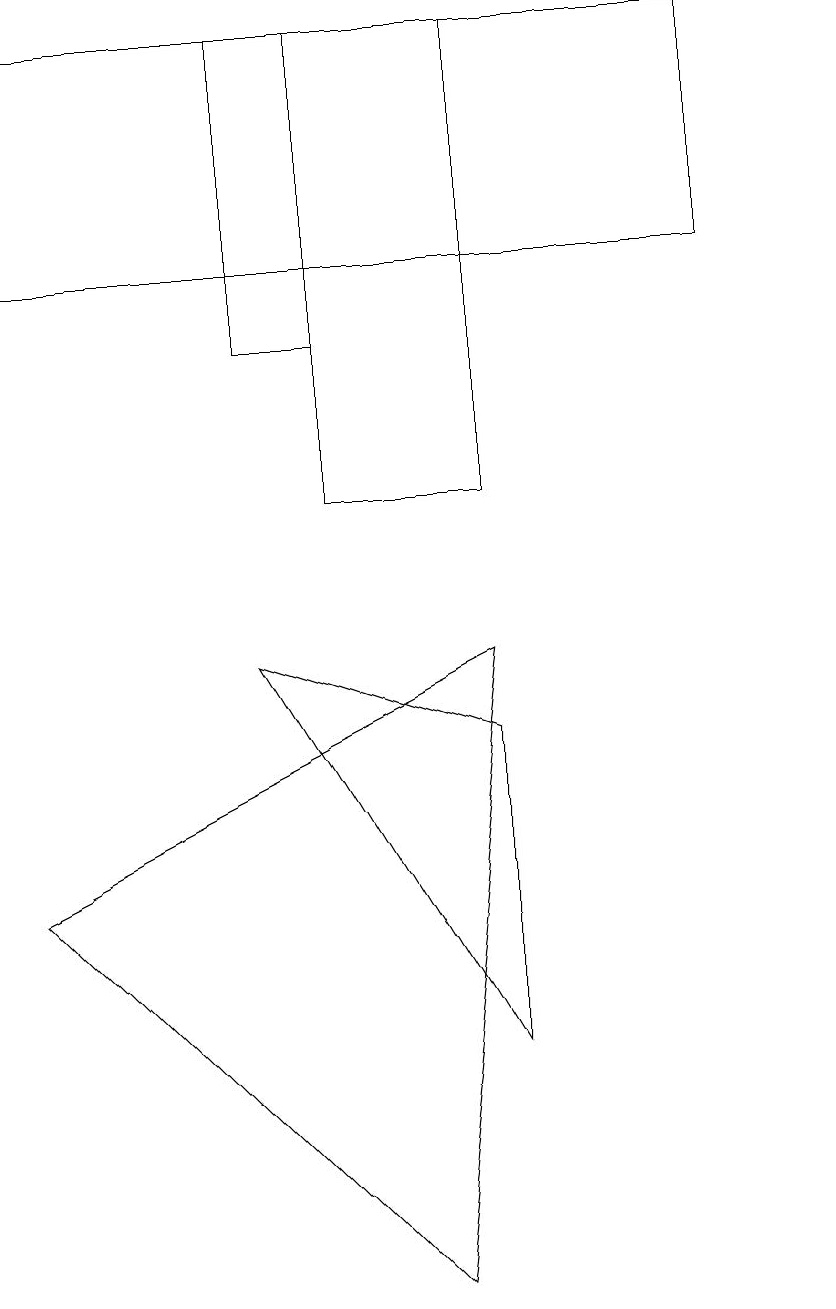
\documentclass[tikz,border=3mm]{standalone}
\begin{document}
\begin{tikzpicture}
\draw (4,16) rectangle (6,10);
\draw (10,10) circle (0);
\draw (5,0) -- (0,5) -- (6,8) -- cycle;
\draw (6,7) -- (6,3) -- (3,8) -- cycle;
\draw (10,11) circle (0);
\draw (4,16) rectangle (3,12);
\draw (0,16) rectangle (9,13);
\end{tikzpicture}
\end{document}